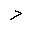
Letter: _dal